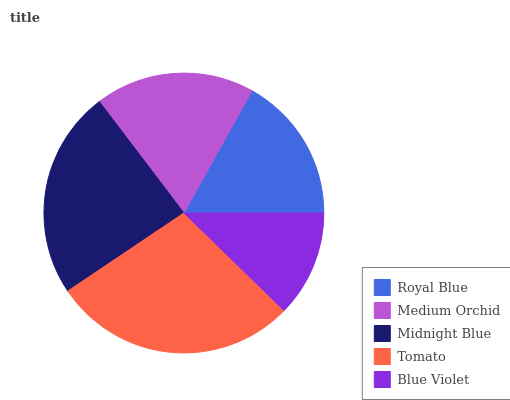
| Royal Blue | Medium Orchid | Midnight Blue | Tomato | Blue Violet |
 | --- | --- | --- | --- | --- |
 | 16.9% | 18.5% | 24% | 28.3% | 12.3% |